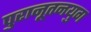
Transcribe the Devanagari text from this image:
पुरानूतनयुग